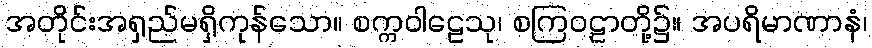
အတိုင်းအရှည်မရှိကုန်သော။ စက္ကဝါဠေသု၊ စကြဝဠာတို့၌။ အပရိမာဏာနံ၊